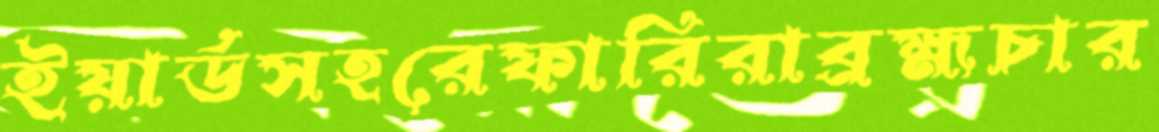
ইয়ার্ডসহরেফারিরাব্রহ্মচার